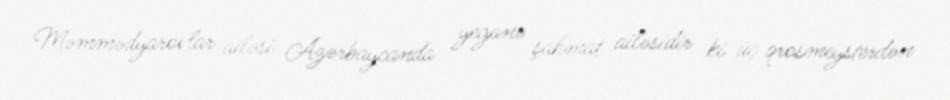
Məmmədyarovlar ailəsi Azərbaycanda yeganə şahmat ailəsidir ki üç qrosmeysterdən